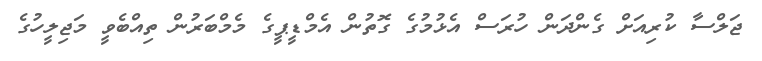
ޖަލްސާ ކުރިއަށް ގެންދަން ހުރަސް އެޅުމުގެ ގޮތުން އެމްޑީޕީގެ މެމްބަރުން ތިއްބެވީ މަޖިލީހުގެ